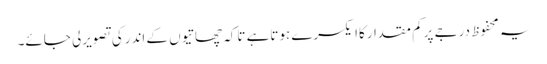
یہ محفوظ درجے پرکم مقدارکاایکسرے ہوتاہے تاکہ چھاتیوں کے اندرکی تصویرلی جائے۔